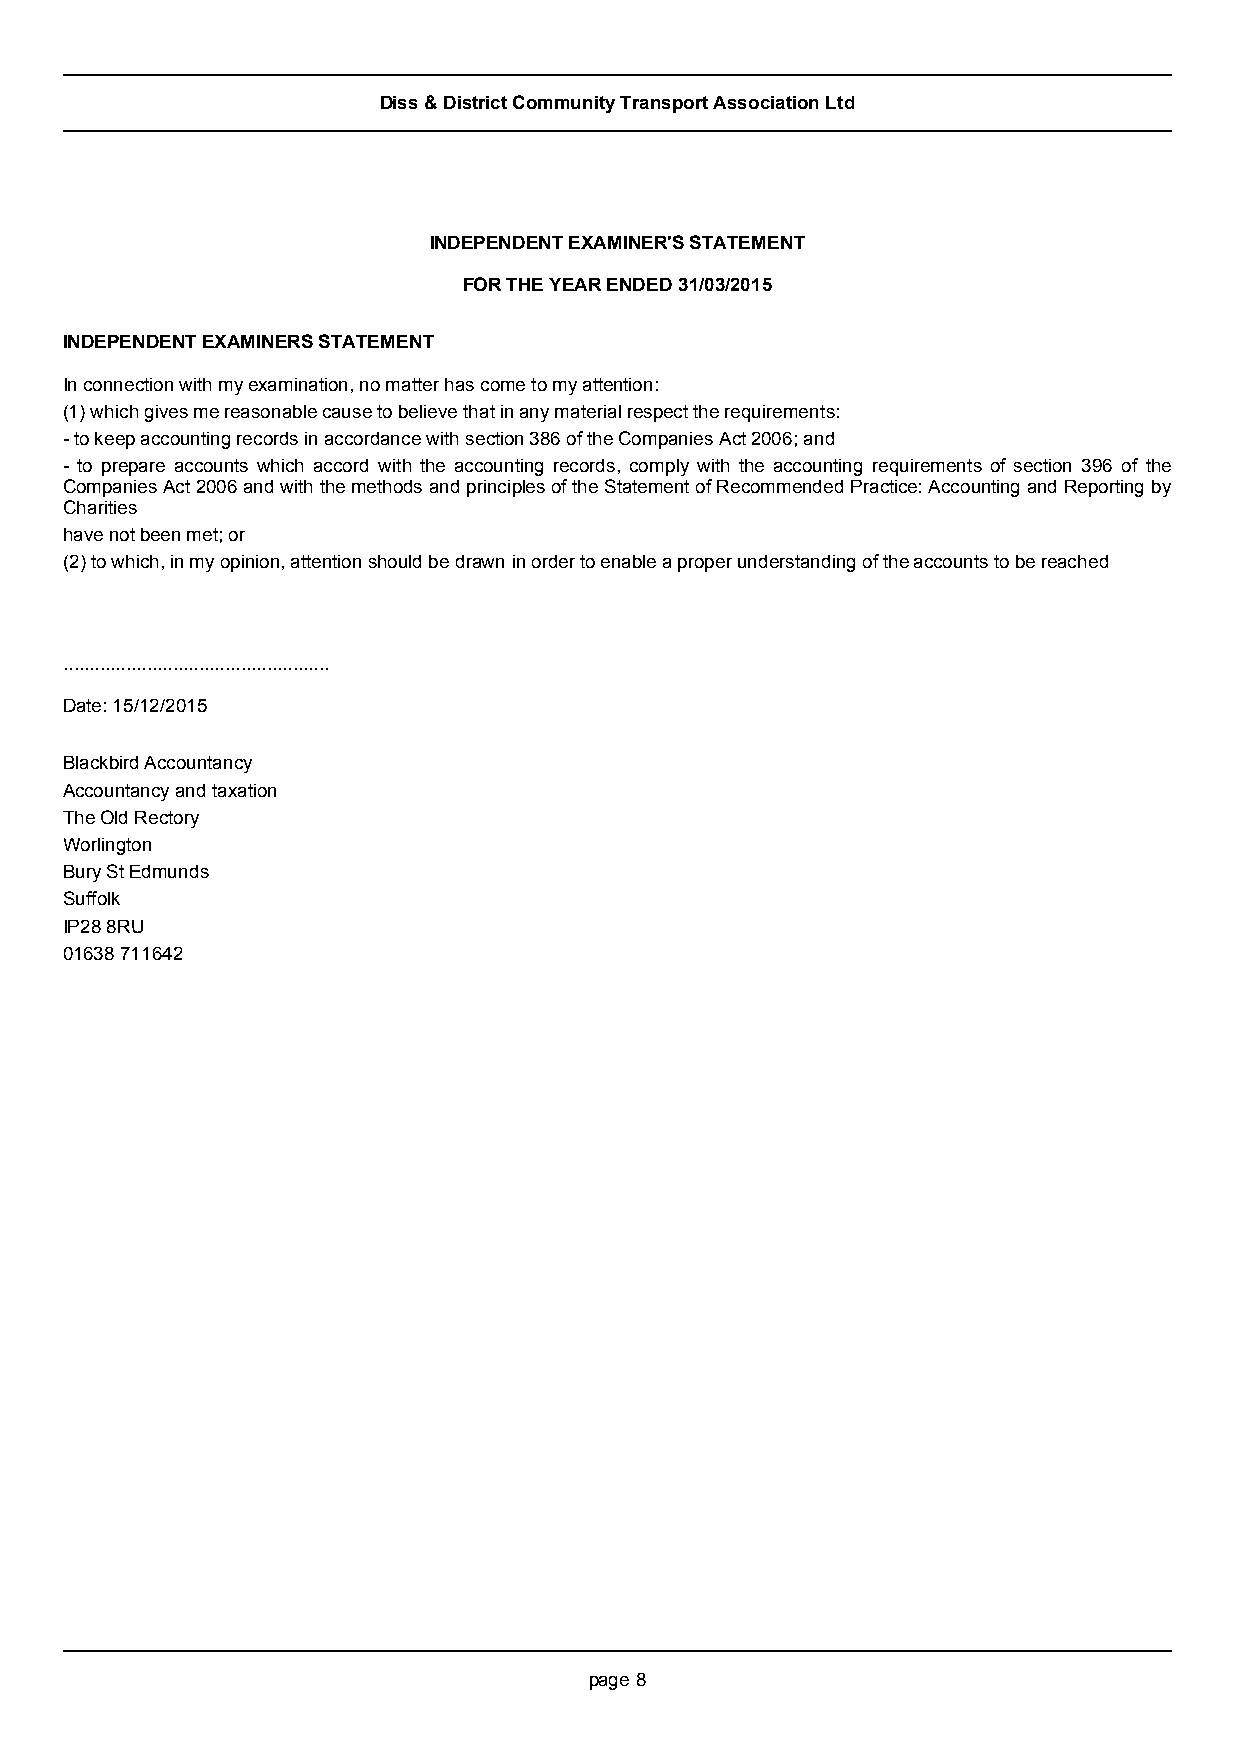
Diss & District Community Transport Association Ltd
 INDEPENDENT EXAMINER'S STATEMENT
 FOR THEYEARENDED31/03/2015
 INDEPENDENT EXAMINERS STATEMENT
 In connection with my examination, no matter has come to my attention:
 (1) which gives me reasonable cause to believe that in any material respect the requirements:
 - to keep accounting records in accordance with section 386 of the Companies Act 2006; and
 - to prepare accounts which accord with the accounting records, comply with the accounting requirements of section 396 of the
 Companies Act 2006 and with the methods and principles of the Statement of Recommended Practice: Accounting and Reporting by
 Charities
 have not been met; or
 (2) to which, in my opinion, attention should be drawn in order to enable a proper understanding of the accounts to be reached
 ...................................................
 Date: 15/12/2015
 Blackbird Accountancy
 Accountancy and taxation
 The Old Rectory
 Worlington
 Bury St Edmunds
 Suffolk
 IP28 8RU
 01638 711642
 page 8